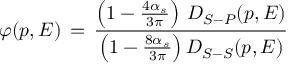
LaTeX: \varphi ( p , E ) \, = \, { \frac { \left( 1 - { \frac { 4 \alpha _ { s } } { 3 \pi } } \right) \, { \cal D } _ { S - P } ( p , E ) } { \left( 1 - { \frac { 8 \alpha _ { s } } { 3 \pi } } \right) { \cal D } _ { S - S } ( p , E ) } }